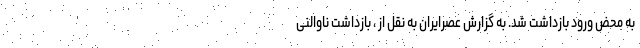
به محض ورود بازداشت شد. به گزارش عصرایران به نقل از ، بازداشت ناوالنی